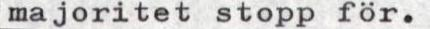
majoritet stopp för.